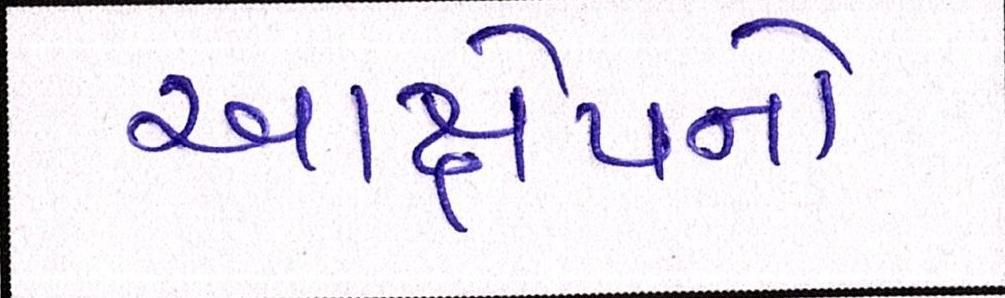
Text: આક્ષેપનો